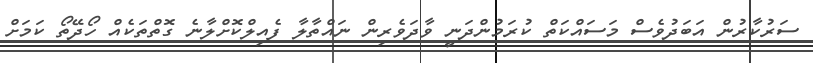
ސަރުކާރުން އަބަދުވެސް މަސައްކަތް ކުރަމުންދަނީ ވާދަވެރިން ނައްތާލާ ފެއިލްކޮށްލާނެ ގޮތްތަކެއް ހޯދޭތޯ ކަމަށް